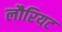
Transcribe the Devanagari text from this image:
लौरियट